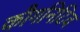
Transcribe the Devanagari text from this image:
कौगनिटिव